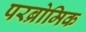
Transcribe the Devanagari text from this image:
परब्रोमिक